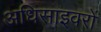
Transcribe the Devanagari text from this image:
अधिसाइवरों